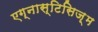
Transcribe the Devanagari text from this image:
एग्नास्टिसिज़्म